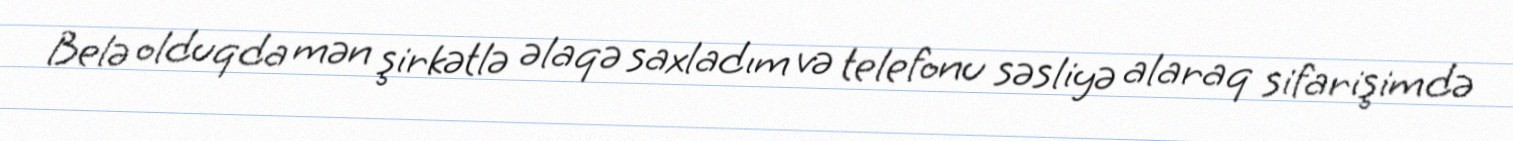
Belə olduqda mən şirkətlə əlaqə saxladım və telefonu səsliyə alaraq sifarişimdə